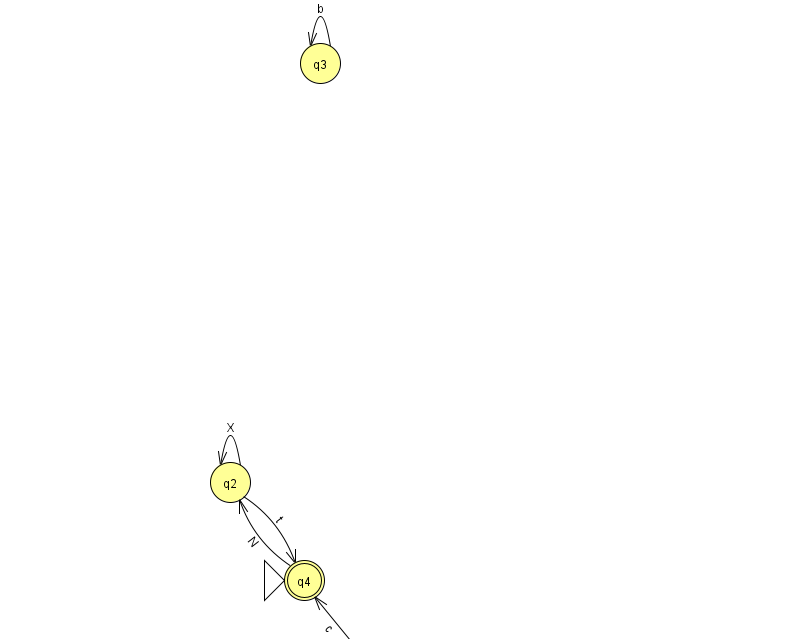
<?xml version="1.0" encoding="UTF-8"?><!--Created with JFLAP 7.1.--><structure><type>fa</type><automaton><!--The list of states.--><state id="0" name="q0"><x>373.0</x><y>651.0</y></state><state id="2" name="q2"><x>230.0</x><y>469.0</y></state><state id="3" name="q3"><x>320.0</x><y>50.0</y></state><state id="4" name="q4"><x>304.0</x><y>567.0</y><initial/><final/></state><!--The list of transitions.--><transition><from>2</from><to>4</to><read>t</read></transition><transition><from>3</from><to>3</to><read>b</read></transition><transition><from>2</from><to>2</to><read>X</read></transition><transition><from>4</from><to>2</to><read>N</read></transition><transition><from>0</from><to>4</to><read>c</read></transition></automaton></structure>